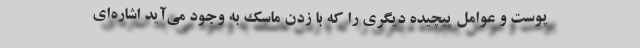
پوست و عوامل پیچیده دیگری را که با زدن ماسک به وجود می‌آید اشاره‌ای